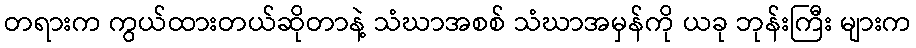
တရားက ကွယ်ထားတယ်ဆိုတာနဲ့ သံဃာအစစ် သံဃာအမှန်ကို ယခု ဘုန်းကြီး များက